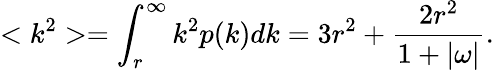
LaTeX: <k^{2}>=\int_{r}^{\infty}k^{2}p(k)dk=3r^{2}+\frac{2r^{2}}{1+|\omega|}.